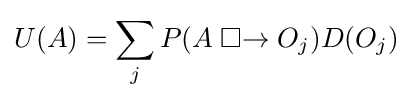
U(A)=\sum \limits _{j}P(A\mathrel {\Box {\rightarrow }} O_{j})D(O_{j})